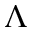
\Lambda